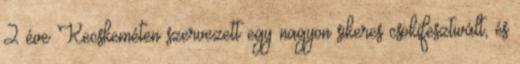
2 éve Kecskeméten szervezett egy nagyon sikeres csokifesztivált, és